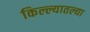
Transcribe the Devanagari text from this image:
किल्ल्यातल्या